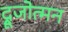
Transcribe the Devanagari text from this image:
द्रूजोत्मन